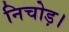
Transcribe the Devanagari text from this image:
निचोड़।